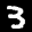
Label: 3